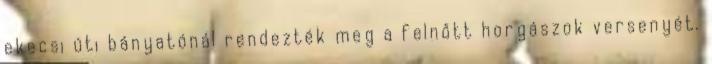
ekecsi úti bányatónál rendezték meg a felnőtt horgászok versenyét.